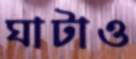
ঘাটাও